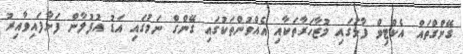
ގޭންގްތައް އެކްޓިވް ފާޅުގައި މުޒާހަރާތަކާއި އެއްވުންތަކުގައި ގޭންގް ނަމުގައި އަޑު އުފުލާން ފަށާފައިވާއިރު